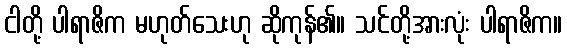
ငါတို့ ပါရာဇိက မဟုတ်သေးဟု ဆိုကုန်၏။ သင်တို့အားလုံး ပါရာဇိက။